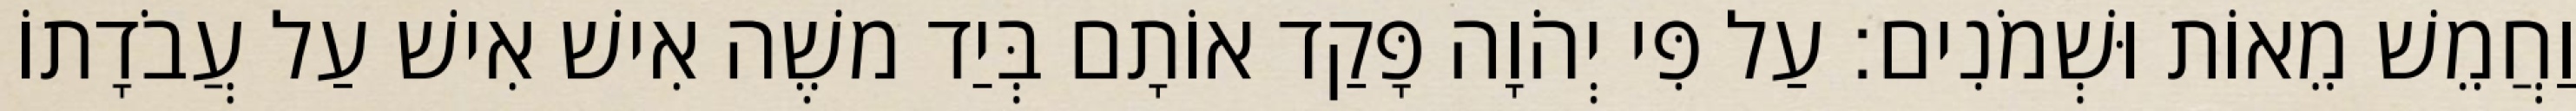
וַחֲמֵשׁ מֵאוֹת וּשְׁמֹנִים׃ עַל פִּי יְהֹוָה פָּקַד אוֹתָם בְּיַד משֶׁה אִישׁ אִישׁ עַל עֲבֹדָתוֹ